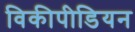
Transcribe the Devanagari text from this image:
विकीपीडियन